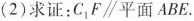
(2)求证： $$:C_{1}F//$$ 面ABE.